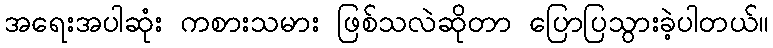
အရေးအပါဆုံး ကစားသမား ဖြစ်သလဲဆိုတာ ပြောပြသွားခဲ့ပါတယ်။